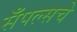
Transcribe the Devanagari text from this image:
सँपल्सचे